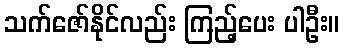
သက်ဇော်နိုင်လည်း ကြည့်ပေး ပါဦး။